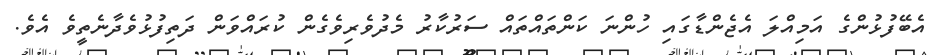
އެބޭފުޅުންގެ އަމިއްލަ އެޖެންޑާގައި ހުންނަ ކަންތައްތައް ސަރުކާރު މެދުވެރިވެގެން ކުރައްވަން ދަތިފުޅުވެދާނެތީވެ އެވެ.